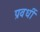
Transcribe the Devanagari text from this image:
प्रवर्धी